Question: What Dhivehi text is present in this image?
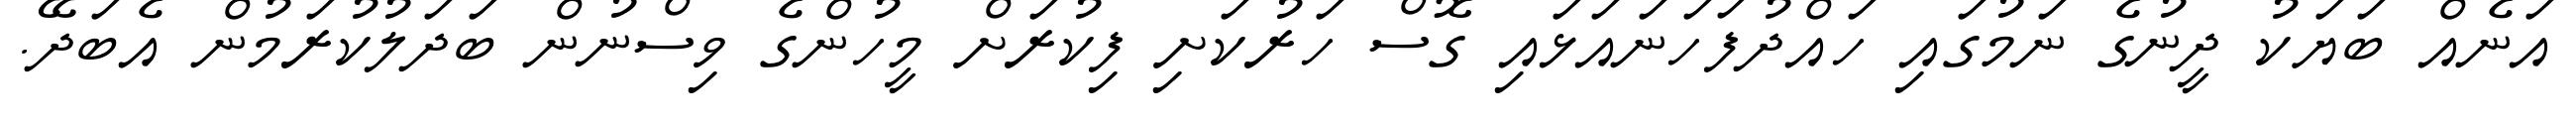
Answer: އަނެއް ބަޔަކު ދީނުގެ ނަމުގައި ހައްދުފަހަނައަޅައި ގޮސް ހަރުކަށި ފިކުރަށް މީހުންގެ ވިސްނުން ބަދަލުކުރަމުން އެބަދޭ.